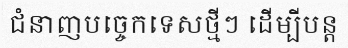
ជំនាញបច្ចេកទេសថ្មីៗ ដើម្បីបន្ត